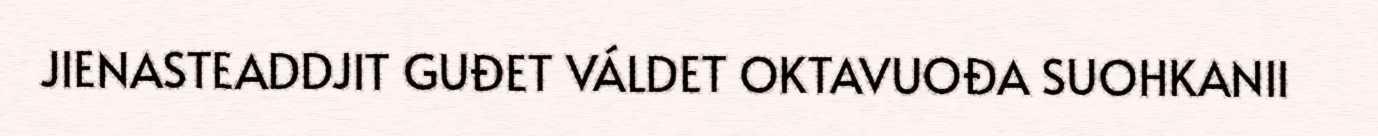
JIENASTEADDJIT GUĐET VÁLDET OKTAVUOĐA SUOHKANII